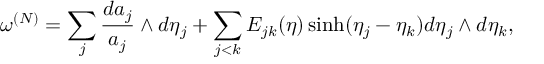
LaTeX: \omega \sp { ( N ) } = \sum _ { j } \frac { d a _ { j } } { a _ { j } } \wedge d \eta _ { j } + \sum _ { j < k } E _ { j k } ( \eta ) \sinh ( \eta _ { j } - \eta _ { k } ) d \eta _ { j } \wedge d \eta _ { k } ,